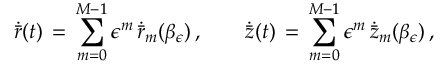
\dot { \bar { r } } ( t ) \, = \, \sum _ { m = 0 } ^ { M - 1 } \epsilon ^ { m } \, \dot { \bar { r } } _ { m } ( \beta _ { \epsilon } ) \, , \qquad \dot { \bar { z } } ( t ) \, = \, \sum _ { m = 0 } ^ { M - 1 } \epsilon ^ { m } \, \dot { \bar { z } } _ { m } ( \beta _ { \epsilon } ) \, ,